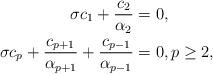
LaTeX: \begin{align*}\sigma c_1+\frac{c_2}{\alpha_2}&=0,\\\sigma c_p+\frac{c_{p+1}}{\alpha_{p+1}}+\frac{c_{p-1}}{\alpha_{p-1}}&=0,p\ge2,\end{align*}